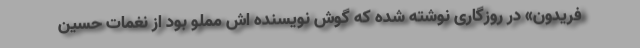
فریدون» در روزگاری نوشته شده که گوش نویسنده اش مملو بود از نغمات حسین